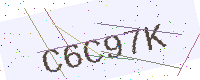
Text: C6C97K